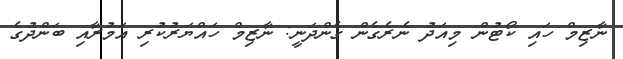
ނާޒިމް ހައި ކޯޓުން މިއަދު ނެރެގެން ގެންދަނީ: ނާޒިމް ހައްޔަރުކުރި އަމުރާއި ބަންދުގެ